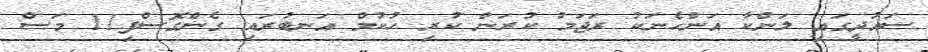
ސައުދީގައި ލަންކާ އަންހެނަކު ރަޖަމު ކުރަން ކުރި ހުކުމް އަނބުރައި ގެންގޮސްފި11 މަސް